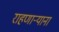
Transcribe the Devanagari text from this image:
राहणार्‍याना